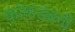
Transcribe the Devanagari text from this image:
कांकडबनी